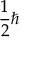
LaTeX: { \frac { 1 } { 2 } } \hbar